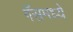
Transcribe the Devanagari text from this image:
गॅसमध्ये